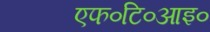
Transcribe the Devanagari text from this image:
एफ०टि०आइ०